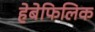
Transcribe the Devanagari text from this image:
हेबेफिलिक